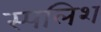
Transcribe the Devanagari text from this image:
स्पलिश